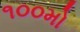
૧૦૦મો